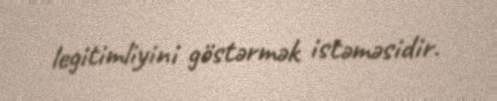
legitimliyini göstərmək istəməsidir.